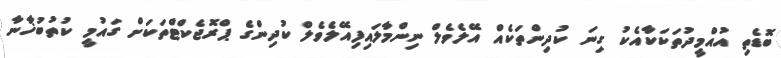
ބޮޑެތި އުއްމީދުތަކަކާއެކު ގިނަ ކުދިންތަކެއް އޭލެވެލް ނިންމާލައިފިއޭލެވެލް ކުދިންގެ ޕްރޮޖެކްޓްތަކަށް ގައުމީ ކުތުބުޚާނާ